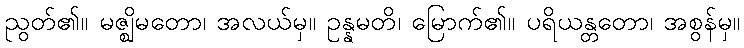
ညွတ်၏။ မဇ္ဈိမတော၊ အလယ်မှ။ ဥန္နမတိ၊ မြောက်၏။ ပရိယန္တတော၊ အစွန်မှ။